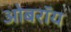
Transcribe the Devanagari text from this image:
ओबराॅय